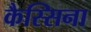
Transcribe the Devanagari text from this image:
कैस्सिना